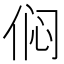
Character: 𫢨